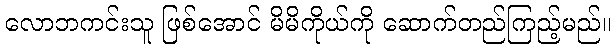
လောဘကင်းသူ ဖြစ်အောင် မိမိကိုယ်ကို ဆောက်တည်ကြည့်မည်။